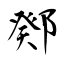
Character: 鄈